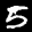
Label: 5